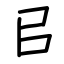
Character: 㠯